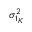
\sigma _ { 1 _ { K } } ^ { 2 }